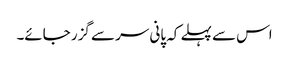
اس سے پہلے کہ پانی سر سے گزر جائے۔